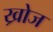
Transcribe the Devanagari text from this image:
ख्रोज